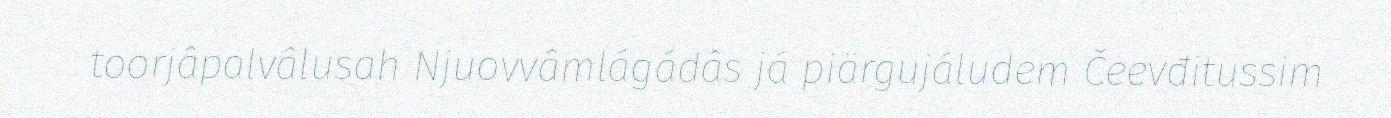
toorjâpalvâlusah Njuovvâmlágádâs já piärgujáludem Čeevđitussim